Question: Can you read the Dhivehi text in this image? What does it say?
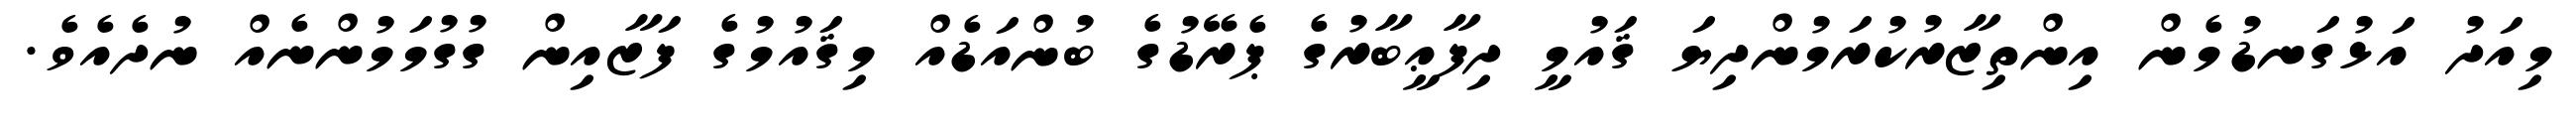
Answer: މިއަދު އަޅުގަނޑުމެން އިންތިޒާރުކުރަމުންދިޔަ ޤައުމީ ދިފާޢީބާރުގެ ޕެރޭޑުގެ ބުންއަޑެއް މިޤައުމުގެ ފަޒާއިން ގުގުމަމުންނެއް ނުދެއެވެ.